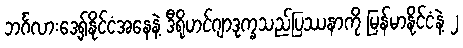
ဘင်္ဂလားဒေ့ရှ်နိုင်ငံအနေနဲ့ ဒီရိုဟင်ဂျာဒုက္ခသည်ပြဿနာကို မြန်မာနိုင်ငံနဲ့ ၂